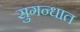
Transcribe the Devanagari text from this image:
सुगन्धात